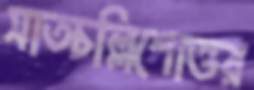
সাতচল্লিশোত্তর